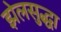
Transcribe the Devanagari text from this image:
झेलसुद्धा